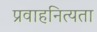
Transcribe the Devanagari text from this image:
प्रवाहनित्यता